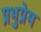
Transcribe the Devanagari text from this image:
प्रभुप्रेम